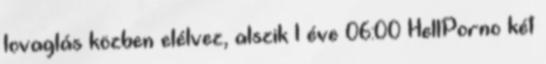
lovaglás közben elélvez, alszik 1 éve 06:00 HellPorno két